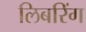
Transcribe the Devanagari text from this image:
लिबरिंग